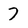
Character: 7